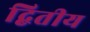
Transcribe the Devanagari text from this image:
द्बितीय